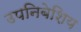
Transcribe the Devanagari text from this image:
उपनिबेशिय